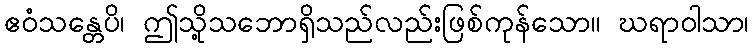
ဧဝံသန္တေပိ၊ ဤသို့သဘောရှိသည်လည်းဖြစ်ကုန်သော။ ဃရာဝါသာ၊